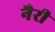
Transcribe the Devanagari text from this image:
नैरी